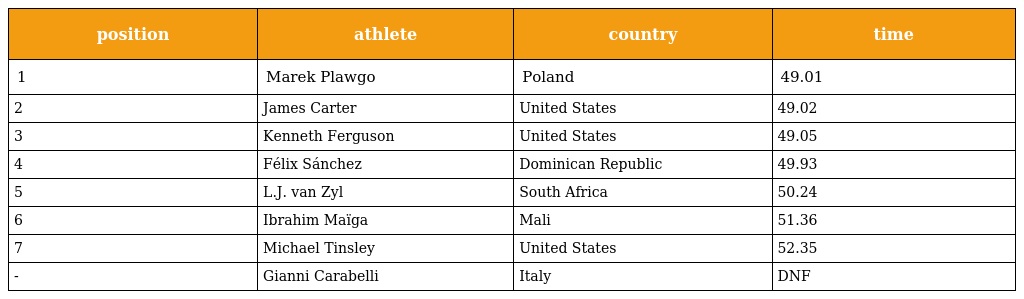
| position | athlete | country | time |
 | --- | --- | --- | --- |
 | 1 | Marek Plawgo | Poland | 49.01 |
 | 2 | James Carter | United States | 49.02 |
 | 3 | Kenneth Ferguson | United States | 49.05 |
 | 4 | Félix Sánchez | Dominican Republic | 49.93 |
 | 5 | L.J. van Zyl | South Africa | 50.24 |
 | 6 | Ibrahim Maïga | Mali | 51.36 |
 | 7 | Michael Tinsley | United States | 52.35 |
 | - | Gianni Carabelli | Italy | DNF |